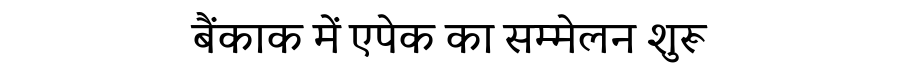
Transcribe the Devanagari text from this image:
बैंकाक में एपेक का सम्मेलन शुरू